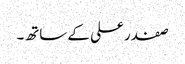
صفدر علی کے ساتھ۔